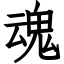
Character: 魂